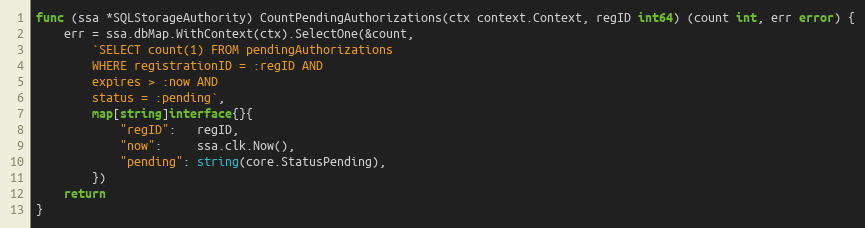
Language: Go
func (ssa *SQLStorageAuthority) CountPendingAuthorizations(ctx context.Context, regID int64) (count int, err error) {
	err = ssa.dbMap.WithContext(ctx).SelectOne(&count,
		`SELECT count(1) FROM pendingAuthorizations
		WHERE registrationID = :regID AND
		expires > :now AND
		status = :pending`,
		map[string]interface{}{
			"regID":   regID,
			"now":     ssa.clk.Now(),
			"pending": string(core.StatusPending),
		})
	return
}